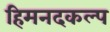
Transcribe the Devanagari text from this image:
हिमनदकल्प